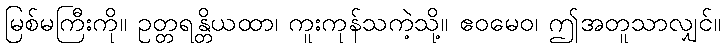
မြစ်မကြီးကို။ ဥတ္တရန္တိယထာ၊ ကူးကုန်သကဲ့သို့။ ဧဝမေဝ၊ ဤအတူသာလျှင်။